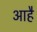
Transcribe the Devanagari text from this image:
आहै